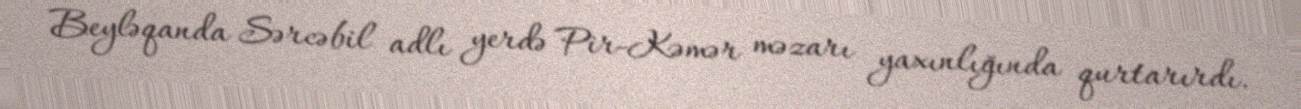
Beyləqanda Sərcəbil adlı yerdə Pir-Kəmər məzarı yaxınlığında qurtarırdı.